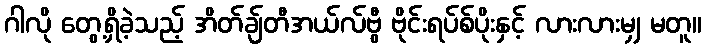
ဂါလို တွေ့ရှိခဲ့သည့် အိတ်ချ်တီအယ်လ်ဗွီ ဗိုင်းရပ်စ်ပိုးနှင့် လားလားမျှ မတူ။